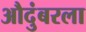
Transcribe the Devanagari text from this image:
औदुंबरला